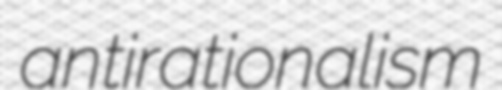
antirationalism